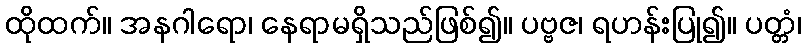
ထိုထက်။ အနဂါရော၊ နေရာမရှိသည်ဖြစ်၍။ ပဗ္ဗဇ၊ ရဟန်းပြု၍။ ပတ္တံ၊